Medical and sanitary report of the native army of Bengal for the year
Year: 1875
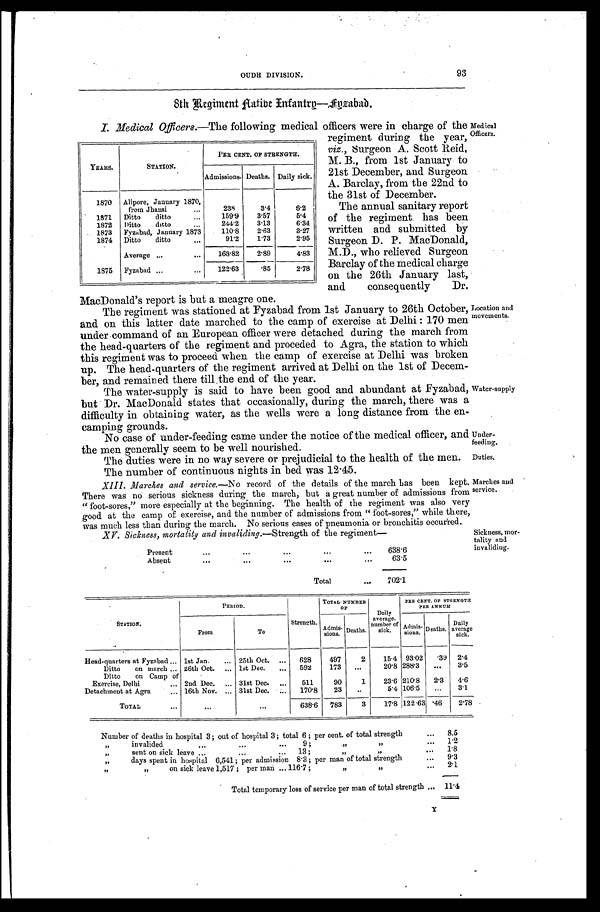
Under
-feeding.
Duties.
Marches and
service.
93
OUDH DIVISION.
8th Regiment Aative Infantry—Fyzabad.
I . M e d i c a lO
f f i c e r s . — T h e f o l l o w i n g m e d i c a l o f f i c e r s w e r e i n c h a r g e o f t h e
regiment during the year,
viz., Surgeon A. Scott Reid,
M. B., from 1st January to
21st December, and Surgeon
A. Barclay, from the 22nd to
the 31st of December.
The annual sanitary report
of the regiment has been
written and submitted by
Surgeon D. P. MacDonald,
M.D., who relieved Surgeon
Barclay of the medical charge
on the 26th January last,
and
consequently Dr.
MacDonald's report is but a meagre one.
The regiment was stationed at Fyzabad from 1st January to 26th October,
and on this latter date marched to the camp of exercise at Delhi: 170 men
under command of an European officer were detached during the march from
the head-quarters of the regiment and proceded to Agra, the station to which
this regiment was to proceed when the camp of exercise at Delhi was broken
up. The head-quarters of the regiment arrived at Delhi on the 1st of Decem
-ber, and remained there till the end of the year.
The water-supply is said to have been good and abundant at Fyzabad,
but Dr. MacDonald states that occasionally, during the march, there was a
difficulty in obtaining water, as the wells were a long distance from the en
-camping grounds.
No case of under-feeding came under the notice of the medical officer, and
the men generally seem to be well nourished.
The duties were in no way severe or prejudicial to the health of the men.
The number of continuous nights in bed was 12.45.
XIII. Marches and service.— No record of the details of the march has been kept.
There was no serious sickness during the march, but a great number of admissions from
"foot-sores," more especially at the beginning. The health of the regiment was also very
good at the camp of exercise, and the number of admissions from "foot-sores," while there
was much less than during the march. No serious cases of pneumonia or bronchitis occurred.
YEARS.
STATION.
PER CENT. OF STRENGTH.
Admissions. Deaths. Daily sick.
1870
Alipore, January 1870,
from Jhansi. . .
238
3.4
6.2
1871
Ditto ditto . . .
159.9
3.57
5.4
1872
Ditto ditto. . .
2 4 4 . 2
3.13
6.34
1873
Fyzabad, January 1873
110.8
2.63
3.27
1874
Ditto ditto . . .
91.2
1.73
2.95
Average . . .
168.82
2.89
4.83
1875
Fyzabad . . .
122.63
.85
2.78
Medical
Officers.
Location and
movements.
Water-supply
XV. Sickness, mortality and invaliding.—Strength of the regiment—
P r e s e n t . . .
638.6
Absent
.
.
.
63.5
Total . . .
702.1
Sickness, mor-
tality and
invaliding.
STATION.
PERIOD.
Strength.
TOTAL NUMBER
OF
Daily
average
number of
sick.
PEN CENT. OF STRENGTH
PER ANNUM
From
To
Admis-
sions.
Deaths.
Admis-
s i o n s .
Deaths.
Daily
average
sick.
Head-quarters at Fyzabad . . . 1st Jan . . . 25th Oct. . . .
628
497
2
15.4 93.02
.39
2.4
Ditto on march . . .
26th Oct. . . . 1st Dec. . . .
592
173
. . .
20.8 288.3
. . .
3.5
Ditto on Camp of
Exercise, Delhi . . . 2nd Dec. . . . 31st Dec. . . .
511
90
1
23.6 210.8
2.3
4.6
Detachment at Agra . . . 16th Nov. . . . 31st Dec. . . .
170.8
23
. . .
5.4 106.5
. . .
3.1
TOTAL . . .
. . .
. . .
638.6
783
3
17.8 122.63 .46
2.78
Number of deaths in hospital 3; out of hospital 3 ; total 6; per cent. of total strength . . .
8.5
" invalided . . . 9; " " . . .
1.2
" sent on sick leave . . .13
; " " . . .
1.8
" days spent in hospital 6,541; per admission 8.3; per man of total strength . . .
9.3
" " on sick leave 1,517; per man . . . 116.7 ; " " . . .
2.1
Total temporary loss of service per man of total strength . . .
11.4